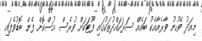
މިއަދު ވެހުނު ވާރެއާއެކު ބައެއް ސަރަހައްދުތަކުގައި ފޫޓަކަށް ވުރެސް އުސްކޮށް ފެން ބޮޑުވެފައި